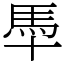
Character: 䭴